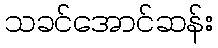
သခင်အောင်ဆန်း